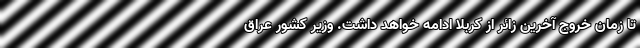
تا زمان خروج آخرین زائر از کربلا ادامه خواهد داشت. وزیر کشور عراق